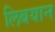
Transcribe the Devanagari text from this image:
लिबयान